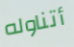
أتناوله